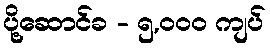
ပို့ဆောင်ခ - ၅,၀၀၀ ကျပ်